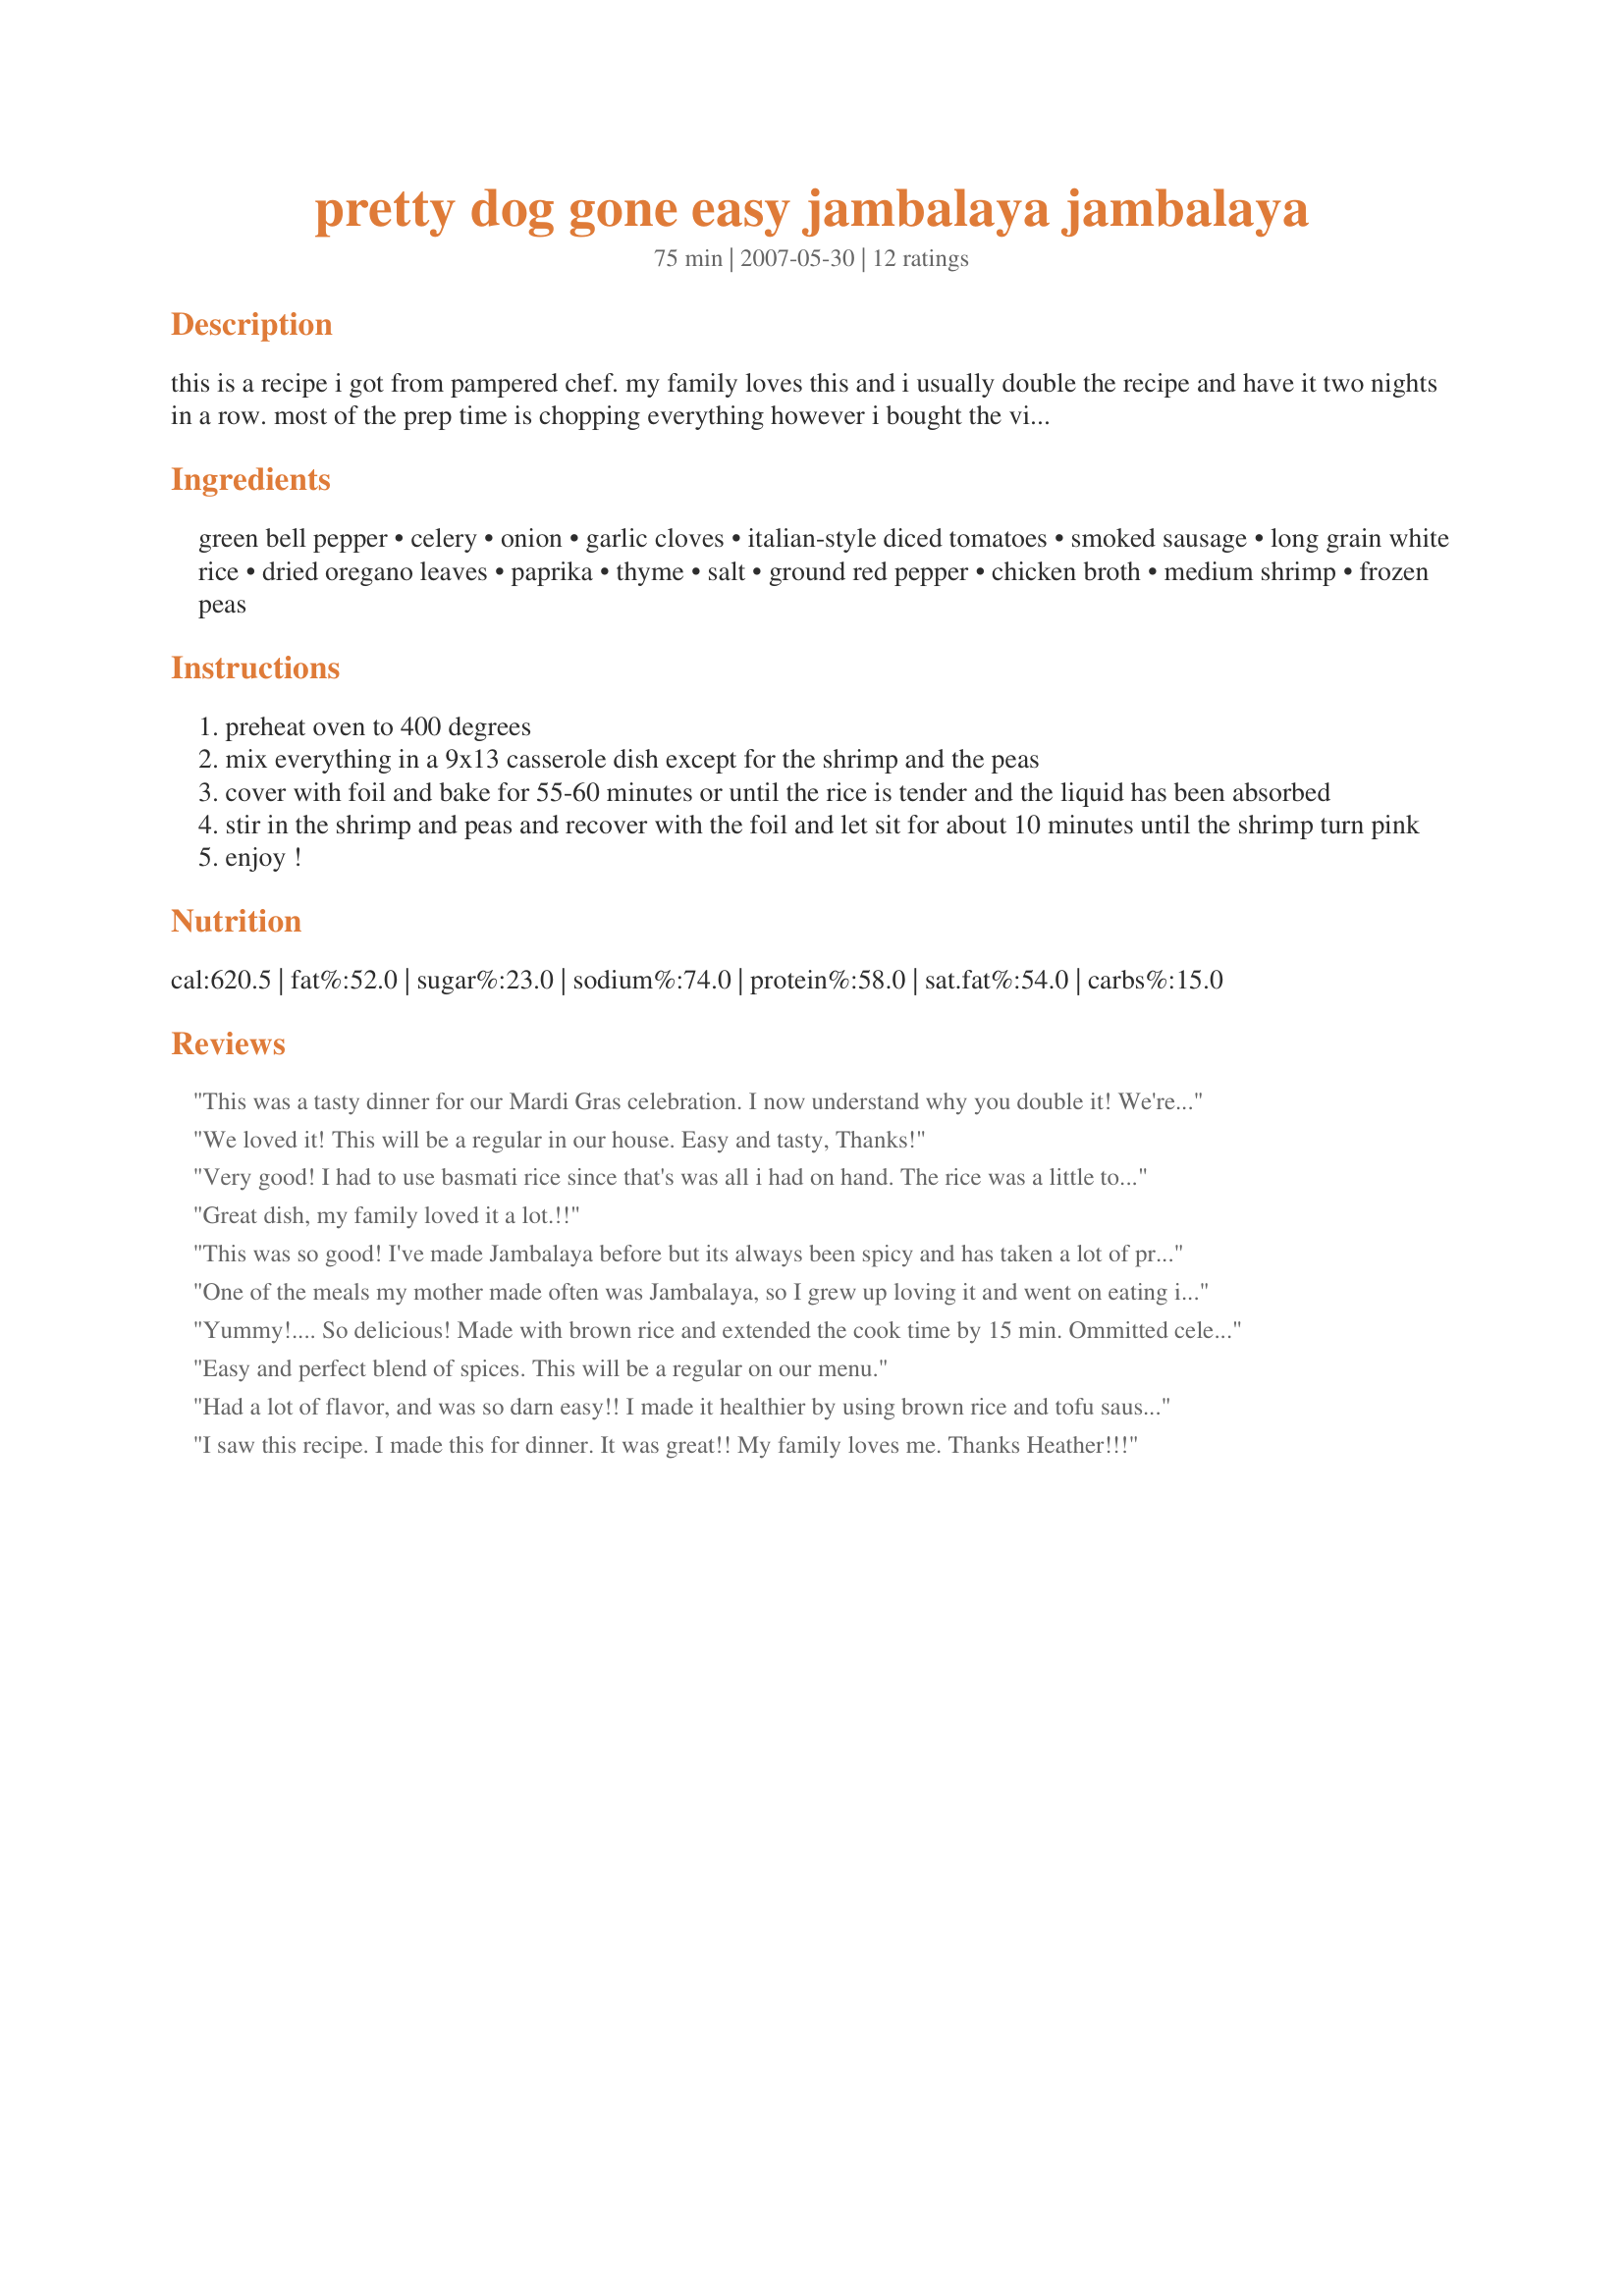
pretty dog gone easy jambalaya jambalaya
Preparation time: 75 minutes

this is a recipe i got from pampered chef. my family loves this and i usually double the recipe and have it two nights in a row. most of the prep time is chopping everything however i bought the vidala onion chopper and it makes prep time a cinch.

Ingredients:
green bell pepper, celery, onion, garlic cloves, italian-style diced tomatoes, smoked sausage, long grain white rice, dried oregano leaves, paprika, thyme, salt, ground red pepper, chicken broth, medium shrimp, frozen peas

Steps:
preheat oven to 400 degrees
mix everything in a 9x13 casserole dish except for the shrimp and the peas
cover with foil and bake for 55-60 minutes or until the rice is tender and the liquid has been absorbed
stir in the shrimp and peas and recover with the foil and let sit for about 10 minutes until the shrimp turn pink
enjoy !

Reviews:
This was a tasty dinner for our Mardi Gras celebration. I now understand why you double it! We're a little wimpy in our house so 1/4 teaspoon of cayenne was a bit much for us. We'll definitely be making this again with a touch less spice. Thank you for posting!
We loved it! This will be a regular in our house. Easy and tasty, Thanks!
Very good! I had to use basmati rice since that's was all i had on hand. The rice was a little too mushy so next time I'll try long grain rice and if it's still the same consistency, I'll just add a bit more rice. I'd like to try this with chicken too. Very easy and full of flavor!
Great dish, my family loved it a lot.!!
This was so good! I've made Jambalaya before but its always been spicy and has taken a lot of prep time to prepare. I love this because its fast and easy. The best part my 16 month old loves it. Thanks for sharing!
One of the meals my mother made often was Jambalaya, so I grew up loving it and went on eating it! This was a very tasty variation, we loved it, satisfying, straightforward to prepare, I will definitely be making this again, thank you Heather!
Yummy!.... So delicious! Made with brown rice and extended the cook time by 15 min. Ommitted celery and substituted kidney beans for peas. Perfect for us! Thanks for posting!
Easy and perfect blend of spices. This will be a regular on our menu.
Had a lot of flavor, and was so darn easy!! I made it healthier by using brown rice and tofu sausage. If you do this, you want to add more chicken broth and brown the sausage before throwing it in so it is more like regular sausage.
I saw this recipe. I made this for dinner. It was great!! My family loves me. Thanks Heather!!!
I used smoked sausage instead of kielbasa and it came out decently. The flavors mixed together well. Love that you just throw everything in.
Thought this was okay, actually smelled a bit like pizza while it was in the oven. Made with brown rice (required about 15 minutes extra cooking time) and added okra, left out the shrimp. It was quite easy to make, which was nice--very little prep time. Thanks for posting.
